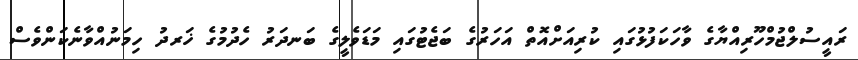
ރައީސުލްޖުމްހޫރިއްޔާގެ ވާހަކަފުޅުގައި ކުރިއަށްއޮތް އަހަރުގެ ބަޖެޓުގައި މަޑަވެލީގެ ބަނދަރު ހެދުމުގެ ޚަރދު ހިމަނުއްވާނެކަންވެސް